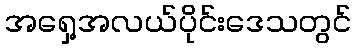
အရှေ့အလယ်ပိုင်းဒေသတွင်